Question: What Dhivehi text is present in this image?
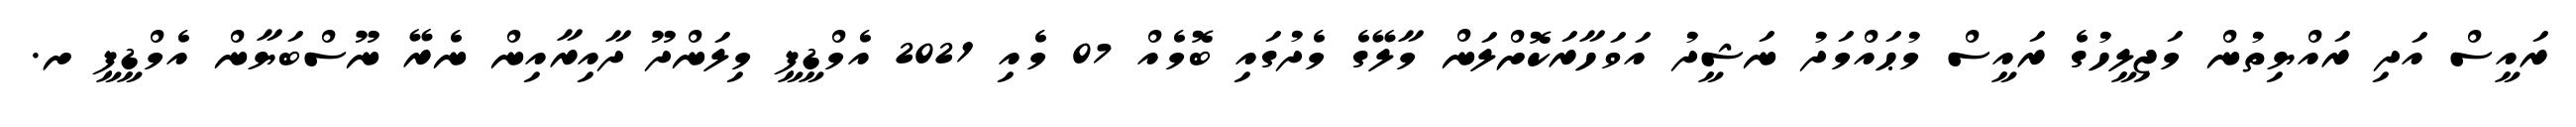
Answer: ރައީސް އަދި ރައްޔިތުން މަޖިލީހުގެ ރައީސް މުޙައްމަދު ނަޝީދު އަވަހާރަކޮށްލަން މާލޭގެ މެދުގައި ބޮމެއް 07 މެއި 2021 އެމްޑީޕީ މިލަންދޫ ދާއިރާއިން ނެރޭ ނޫސްބަޔާން އެމްޑީޕީ ށ.